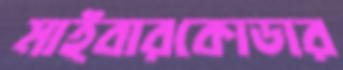
মাইবারকোডার